Source: Handwritten
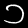
Digit: ၁ (1)